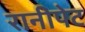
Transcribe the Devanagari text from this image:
रानीपेट